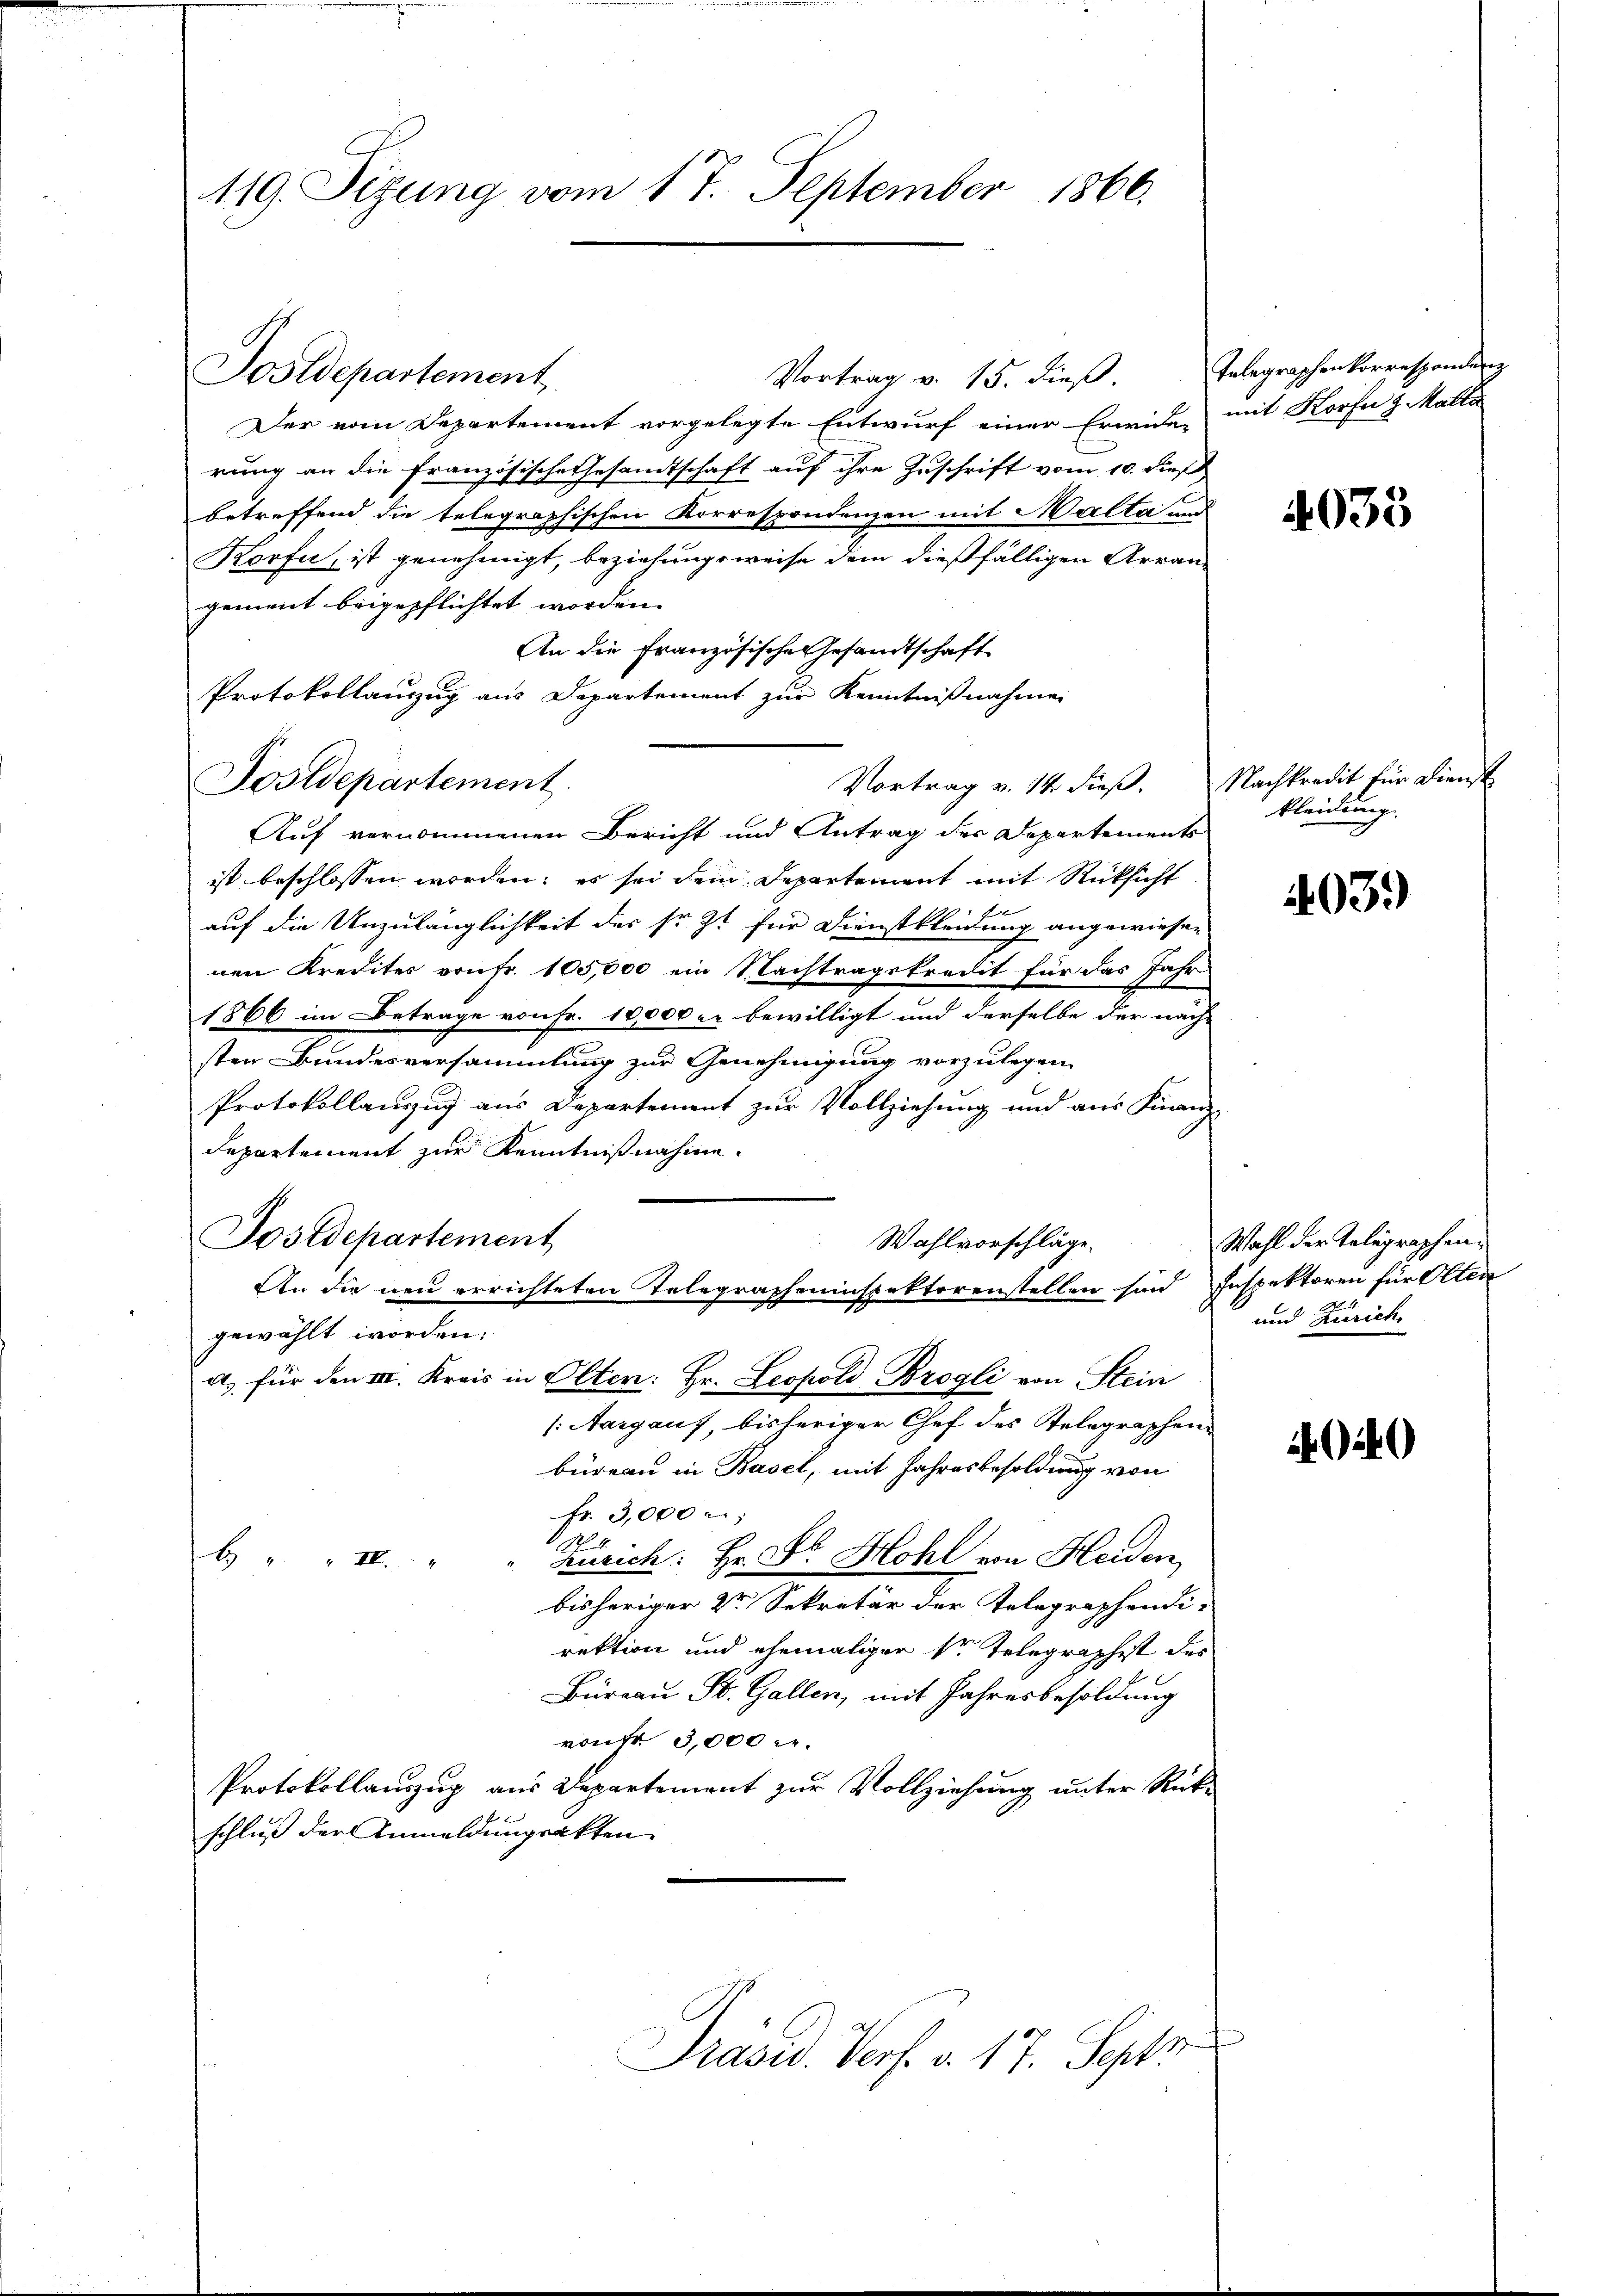
119. Sizung vom 17. September 1866.

Vortrag v. 15. dieβ. Telegraphenkorrespondenz
Der vom Departement vorgelegte Entwurf einer Erwide, mit Korfe u. Matti
rung an die Französische Gesandtschaft auf ihre Zuschrift vom 10. dieß
betreffend die telegraphischen Korrespondenzen mit Malta und
Korfn, ist genehmigt, beziehungsweise dem dießfälligen Arran-
gement beigepflichtet worden.
An die Französische Gesandtschaft
Protokollauszug aus Departement zur Kenntnißnahmen
Vortrag v. 14 dieß. Nachkredit für Dienst
Postdepartement.
Auf vernommenen Bericht und Antrag der Departements
ist beschlossen worden; es sei dem Departement mit Rücksicht
auf die Unzulänglichkeit der sr. Zt. für Dienstkleidung angewiesen
nen Kredites von Fr. 105,000 ein Nachtragskredit für das Jahr
1866 im Betrage von Fr. 10,000 er bewilligt und derselbe der nach-
sten Bundesversammlung zur Genehmigung vorzulegen.
Protokollauszug aus Departement zur Vollziehung und aus Finanz-
Departement zur Kenntnißnahme.
Postdepartement
Wahlvorschläge.
An die neu errichteten Telegrapheninspektorenstellen sind Inspektoren für Olten
gewählt worden.
a. für den III. Kreis in Olten: Hr. Leopold Brogli von Stein
(Aargauf, bisheriger Chef des Telegraphen-
büreau in Basel, mit Jahresbesoldung von
fr. 3,000
14
6 " " "
Zürich: Hr. Dr. Hohl von Heiden
bisheriger Dr Sekretär der Telegraphendi-
rektion und ehemaliger Dr Telegraphet des
Bureau St. Gallen, mit Jahresbesoldung
vontr 3,000 M.
Protokollauszug aus Departement zur Vollziehung unter Rück-
schluß der Anmeldungsakten
Präsid. Verf. v. 17. Sept

Postdepartement,

4035

kleidung.

403.)

Wahl der Telegraphen¬
und Zürich,

4040